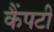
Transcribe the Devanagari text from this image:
कैंपटी